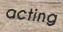
acting